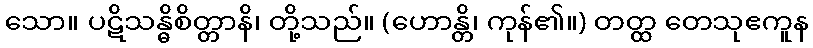
သော။ ပဋိသန္ဓိစိတ္တာနိ၊ တို့သည်။ (ဟောန္တိ၊ ကုန်၏။) တတ္ထ တေသုဧကူန